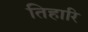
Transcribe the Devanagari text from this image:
तिहारि